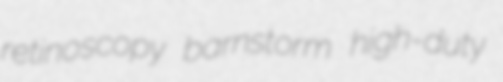
retinoscopy barnstorm high-duty